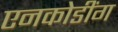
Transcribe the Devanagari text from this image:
एनकोडींग